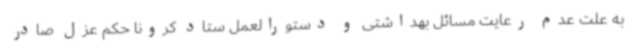
به علت عدم رعایت مسائل بهداشتی و دستورالعمل ستاد کرونا حکم عزل صادر